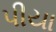
પીયા